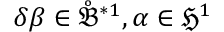
\delta \beta \in \mathring { \mathfrak { B } } ^ { \ast 1 } , \alpha \in \mathfrak { H } ^ { 1 }